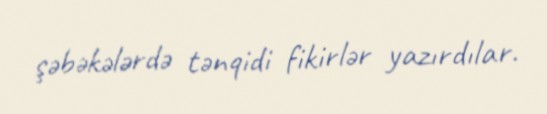
şəbəkələrdə tənqidi fikirlər yazırdılar.